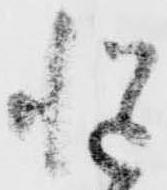
慥